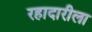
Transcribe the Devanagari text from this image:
रहादारीला